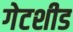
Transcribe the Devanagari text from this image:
गेटशीड